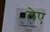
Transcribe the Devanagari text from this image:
लेए